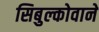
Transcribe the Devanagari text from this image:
सिबुल्कोवाने